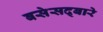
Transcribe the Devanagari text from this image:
बसेसद्बारे